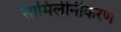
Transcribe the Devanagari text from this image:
सामिलीनीकरण